Vital statistics of India. Vol. IV, Annual returns from 1871 to 1876. British Army of India, Native Army and jails of Bengal
Year: 1871
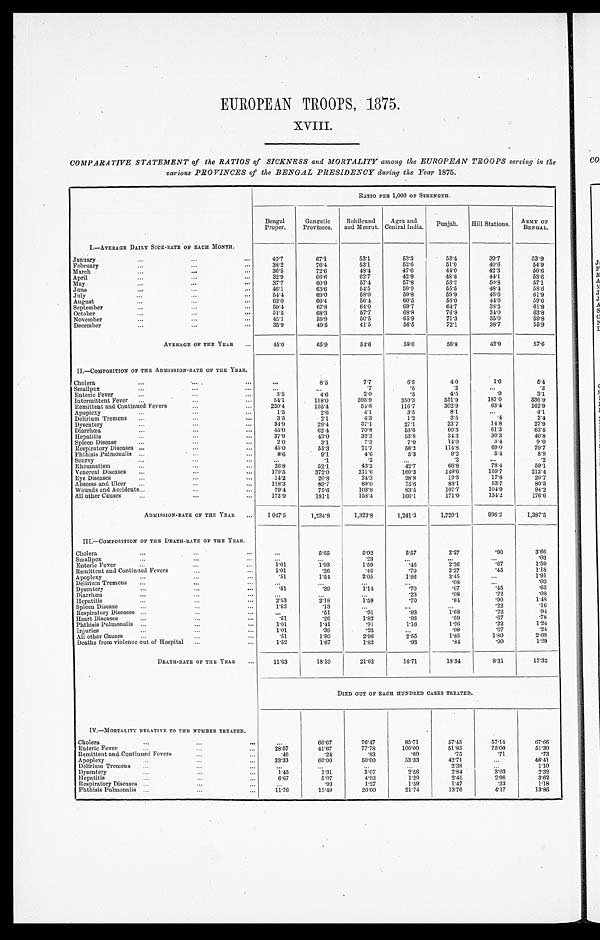
EUROPEAN TROOPS, 1875.
COMPARATIVE STATEMENT of the RATIOS of SICKNESS and MORTALITY among the EUROPEAN TROOPS serving in the
various PROVINCES of the BENGAL PRESIDENCY during the Year 1875.
RATIO PER 1,000 OF STRENGTH.
Bengal
Proper.
Gangetic
Provinces.
Rohilcund
and Meerut.
Agra and
Central India. Punjab. Hill Stations. ARMY OF
BENGAL.
I.—AVERAGE DAILY SICKRATE OF EACH MONTH.
January
4 0 . 7
6 7 . 1
53.1
5 3 . 3
5 3 . 4
39. 7
53.9
February
3 8 . 2
76. 4
5 3 . 1
5 2 . 6
51.0
40. 6
5 4 . 9
March
3 6 . 5
72. 6
4 8 . 4
4 7 . 6
4 4 . 0
42. 3
5 0 . 6
April
3 2 . 9
6 6 . 6
6 2 . 7
4 2 . 9
48.6
44. 1
5 3 . 6
May
3 7 . 7
60. 9
5 7 . 4
5 7 . 8
5 3 . 2
5 0 . 8
5 7 . 1
June
4 6 . 1
6 3 . 6 5 4 . 5
5 9 . 9
5 5 . 5
48. 4
5 8 . 6
July
5 4 . 4
69. 0
5 8 . 0
5 9 . 8
59.9
48. 6
6 1 . 9
August
6 3 . 0
66. 4
5 6 . 4
6 0 . 5
5 6 . 0
44. 0
5 9 . 6
September
5 9 . 4
67. 8
6 4 . 0
6 9 . 7
6 4 . 7
38. 5
61.8
October
51.5
68. 3
57.7
6 8 . 8
76.9
3 4 . 0
6 3 . 8
November
4 5 . 1
59. 9
5 0 . 5
6 5 . 9
71.3
35. 0
5 9 . 8
December
3 5 . 9
49. 5
4 1 . 5
5 6 . 5
7 2 . 1
38. 7
5 5 . 9
AVERAGE OF THE YEAR
4 5 . 0
65. 9
5 4 . 6
5 8 . 0
5 8 . 8
4 2 . 9
5 7 . 6
II.—COMPOSITION OF THE ADMISSION-RATE OF THE YEAR.
Cholera
8.5
7 . 7
6 . 5
4 . 0
1 . 6
5 . 4
Smallpox
.7
.5
.2
. 2
Enteric Fever
3 . 5
4.6
2 . 0
.5
4.5
. 9
3 . 1
Intermittent Fever
5 4 . 1
118. 0
3 9 5 . 9
3 5 0 . 3
5 5 1 . 9
187.0
336.9
Remittent and Continued Fevers
2 2 0 . 4
105. 4
5 4 . 8
116.7
3 0 2 . 9
6 3 . 1
1 6 2 . 9
Apoplexy
1 . 5
2 . 6
4 . 1
3 . 5
8 . 1
4 . 1
Delirium Tremens
3.5
2.1
4 . 3
1.2
3 . 5
.4
2 . 4
Dysentery
3 4 . 9
2 9 . 4
3 7 . 1
27.1
2 3 . 7
1 4 . 8
2 7 . 9
Diarrhœa
4 5 . 0
6 2 . 4
7 0 . 8
5 3 . 6
6 0 . 3
61.3
6 2 . 5
Hepatitis
3 7 . 9
4 3 . 0
3 2 . 3
5 3 . 8
3 4 . 3
3 0 . 3
4 0 . 8
Spleen Disease
2 . 0
3.1
7 . 3
7 . 0
1 4 . 0
3 . 4
9.0
Respiratory Diseases
4 5 . 0
5 5 . 3
7 1 . 7
5 8 . 2
1 1 4 . 8
6 9 . 0
7 9 . 7
Phthisis Pulmonalis
8 . 6
9 . 1
4 . 6
5 . 3
9 . 2
5 . 4
8 . 9
Scurvy
. 1
.2
.2
.2
Rheumatism
2 6 . 8
52.1
4 3 . 2
4 2 . 7
6 6 . 8
7 8 . 4
5 9 . 1
V e n e r e a l D i s e a s e s
1 7 9 . 5
372. 0
2 1 1 . 6
1 6 0 . 3
1 4 9 . 6
1 6 9 . 7
212. 4
Eye Diseases
1 4 . 2
2 0 . 8
2 4 . 3
2 8 . 8
1 9 . 3
1 7 . 8
20.7
Abscess and Ulcer
1 1 8 . 3
89.7
8 9 . 0
7 5 . 6
83.1
5 3 . 7
8 0 . 3
Wounds and Accidents
7 9 . 4
7 5 . 6
1 0 3 . 8
83.5
1 0 7 . 7
1 0 4 . 9
9 4 . 2
All other Causes
1 7 2 . 9
181.1
1 5 8 . 4
1 6 6 . 1
1 7 1 . 0
1 3 4 . 2
1 7 6 . 6
ADMISSION-RATE OF THE YEAR 1, 047. 5
1, 234. 9
1, 323. 8
1,241.3
1 , 7 2 9 . 1
9 9 6 . 2
1, 387. 5
III.—COMPOSITION OF THE DEATH-RATE OF THE YEAR.
Cholera
5 . 6 5
5 . 9 2
5 . 5 7
2 . 2 7
.90
3 . 6 6
Smallpox
. 2 3
. 0 3
Enteric Fever
1 . 0 1
1 . 9 3
1.59
.46
2 . 3 6
.67
1 . 5 9
Remittent and Continued Fevers
1 . 0 1
.26
. 4 6
.70
2 . 2 7
.45
1.18
Apoplexy
. 5 1
1 . 5 4
2 . 0 5
1 . 8 6
3 . 4 5
1 . 9 1
Delirium Tremens
. 0 8
.03
Dysentery
.51
. 3 9 1 . 1 4
.70
.67
.45
.65
Diarrhœa
.23
.08
.22
.08
Hepatitis
2 . 5 3
2 . 1 8
1 . 5 9
.70
. 8 4
.90
1 . 4 8
Spleen Disease
1 . 5 2
.13
.22
.16
Respiratory Diseases
.51
.91
.93
1 . 6 8
.22
. 9 4
Heart Diseases
.51
.26
1.82
.93
. 5 9
.67
.78
Phthisis Pulmonalis
1 . 0 1
1 . 4 1
.91
1 . 1 6
1 . 2 6
.22
1 . 2 4
Injuries
1 . 0 1
.39
.23
.08
.67
.24
A l l o t h e r C a u s e s
.51
1.80
2 . 9 6
2 . 5 5
1.85
1 . 8 0
2 . 0 8
Deaths from violence out of Hospital
1 . 5 2
1 . 6 7
1 . 8 2
.93
. 8 4
.90
1 . 2 9
DEATH-RATE OF THE YEAR
1 1 . 6 3
18. 10
2 1 . 6 2
1 6 . 7 1
18. 34
8 . 3 1
17. 32
DI ED OUT OF EACH HUNDRED CASES TREATED.
IV.—MORTALITY RELATIVE TO THE NUMBER TREATED.
Cholera
66. 67
7 6 . 4 7
8 5 . 7 1
57. 45
5 7 . 1 4
67.66
Enteric Fever
2 8 . 5 7
41. 67
7 7 . 7 8
100. 00
51.85
7 5 . 0 0
51. 30
R e m i t t e n t a n d C o n t i n u e d F e v e r s
. 4 6
.24
.83
.60
.75
.71
.73
Apoplexy
3 3 . 3 3
60. 00
5 0 . 0 0
53.33
42. 71
46. 41
Delirium Tremens
2 . 3 8
1 . 1 0
Dysentery
1 . 4 5
1 . 3 1
3.07
2 . 5 6
2 . 8 4
3 . 0 3
2 . 3 2
H e p a t i t i s
6 . 6 7
5.07
4 . 9 3
1 . 2 9
2 . 4 5
2 . 9 6
3 . 6 2
Respiratory Diseases
.93
1.27
1.59
1 . 4 7
.33
1.18
Phthisis Pulmonalis
11.76
1 5 . 4 9
2 0 . 0 0
21.74
13. 76
4 . 1 7
13. 86